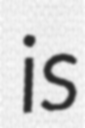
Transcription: is